Insane asylums in Bengal annual reports 1876-1887 - 1876-1887
Year: 1876
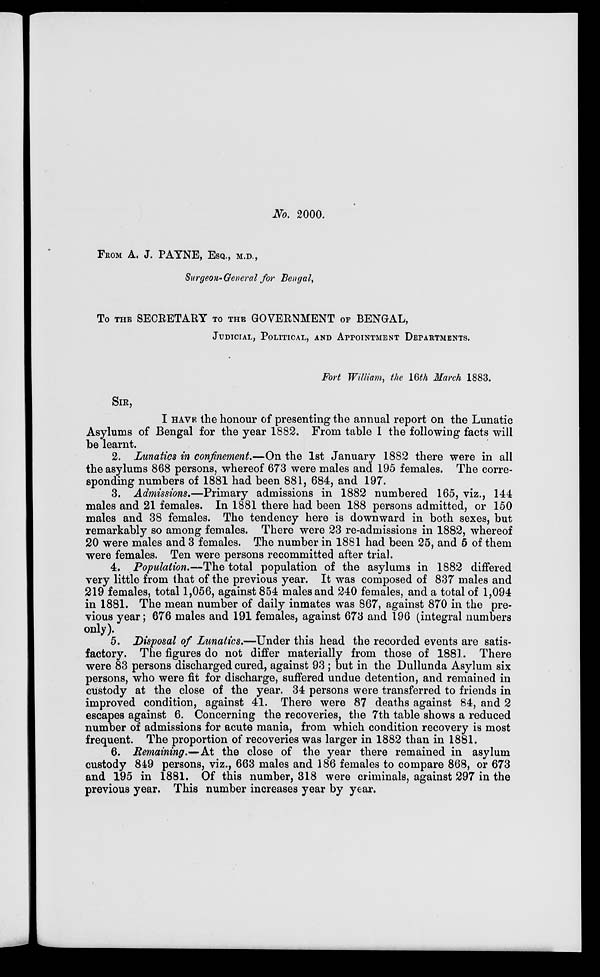
No. 2000.
FROM A. J. PAYNE, ESQ., M.D.,
Surgeon-General for Bengal,
To THE SECRETARY TO THE GOVERNMENT OF BENGAL,
JUDICIAL, POLITICAL, AND APPOINTMENT DEPARTMENTS.
Fort William, the 16th March 1883.
SIR,
I HAVE the honour of presenting the annual report on the Lunatic
Asylums of Bengal for the year 1882. From table I the following facts will
be learnt.
2. Lunatics in confinement.—On the 1st January 1882 there were in all
the asylums 868 persons, whereof 673 were males and 195 females. The corre-
sponding numbers of 1881 had been 881, 684, and 197.
3. Admissions.—Primary admissions in 1882 numbered 165, viz., 144
males and 21 females. In 1881 there had been 188 persons admitted, or 150
males and 38 females. The tendency here is downward in both sexes, but
remarkably so among females. There were 23 re-admissions in 1882, whereof
20 were males and 3 females. The number in 1881 had been 25, and 5 of them
were females. Ten were persons recommitted after trial.
4. Population.—The total population of the asylums in 1882 differed
very little from that of the previous year. It was composed of 837 males and
219 females, total 1,056, against 854 males and 240 females, and a total of 1,094
in 1881. The mean number of daily inmates was 867, against 870 in the pre-
vious year; 676 males and 191 females, against 673 and 196 (integral numbers
only).
5. Disposal of Lunatics.—Under this head the recorded events are satis-
factory. The figures do not differ materially from those of 1881. There
were 83 persons discharged cured, against 93 ; but in the Dullunda Asylum six
persons, who were fit for discharge, suffered undue detention, and remained in
custody at the close of the year. 34 persons were transferred to friends in
improved condition, against 41. There were 87 deaths against 84, and 2
escapes against 6. Concerning the recoveries, the 7th table shows a reduced
number of admissions for acute mania, from which condition recovery is most
frequent. The proportion of recoveries was larger in 1882 than in 1881.
6. Remaining.—At the close of the year there remained in asylum
custody 849 persons, viz., 663 males and 186 females to compare 868, or 673
and 195 in 1881. Of this number, 318 were criminals, against 297 in the
previous year. This number increases year by year.